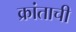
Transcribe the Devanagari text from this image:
क्रांताची